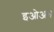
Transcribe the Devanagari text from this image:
इओअन